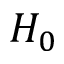
H _ { 0 }